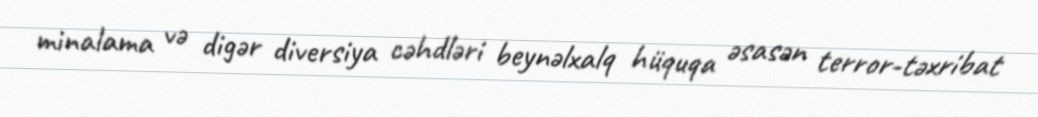
minalama və digər diversiya cəhdləri beynəlxalq hüquqa əsasən terror-təxribat